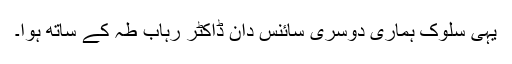
یہی سلوک ہماری دوسری سائنس دان ڈاکٹر رہاب طہٰ کے ساتھ ہوا۔